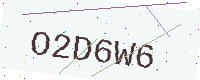
Text: O2D6W6